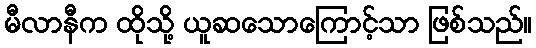
မီလာနီက ထိုသို့ ယူဆသောကြောင့်သာ ဖြစ်သည်။